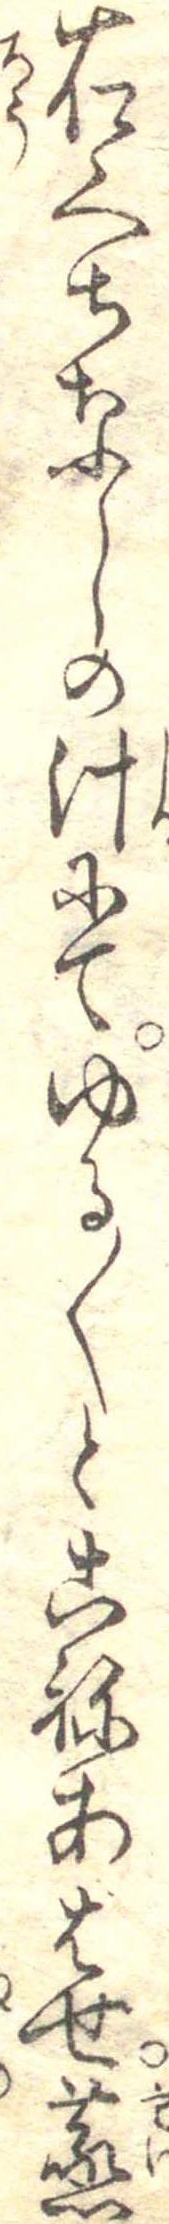
右くちなしの汁にてゆる〱とこねあはせ蒸